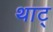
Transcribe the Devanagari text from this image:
थाट्